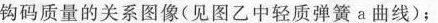
钩码质量的关系图像(见图乙中轻质弹簧a曲线)；